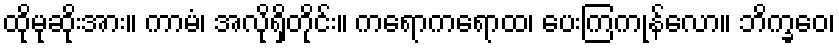
ထိုမုဆိုးအား။ ကာမံ၊ အလိုရှိတိုင်း။ ကရောကရောထ၊ ပေးကြကုန်လော။ ဘိက္ခဝေ၊